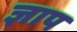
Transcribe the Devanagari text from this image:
ज्ञाप